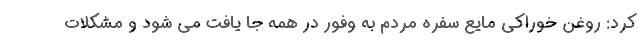
کرد: روغن خوراکی مایع سفره مردم به وفور در همه جا یافت می شود و مشکلات